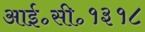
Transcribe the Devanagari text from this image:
आई॰सी॰१३१८